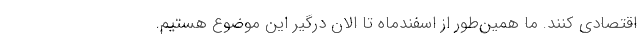
اقتصادی کنند. ما همین‌طور از اسفندماه تا الان درگیر این موضوع هستیم.